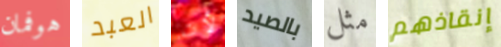
هوفمان العبد لأن بالصيد مثل إنقاذهم